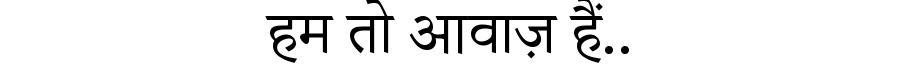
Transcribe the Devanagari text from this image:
हम तो आवाज़ हैं..